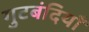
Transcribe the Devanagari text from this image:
गुटबंदियाँ